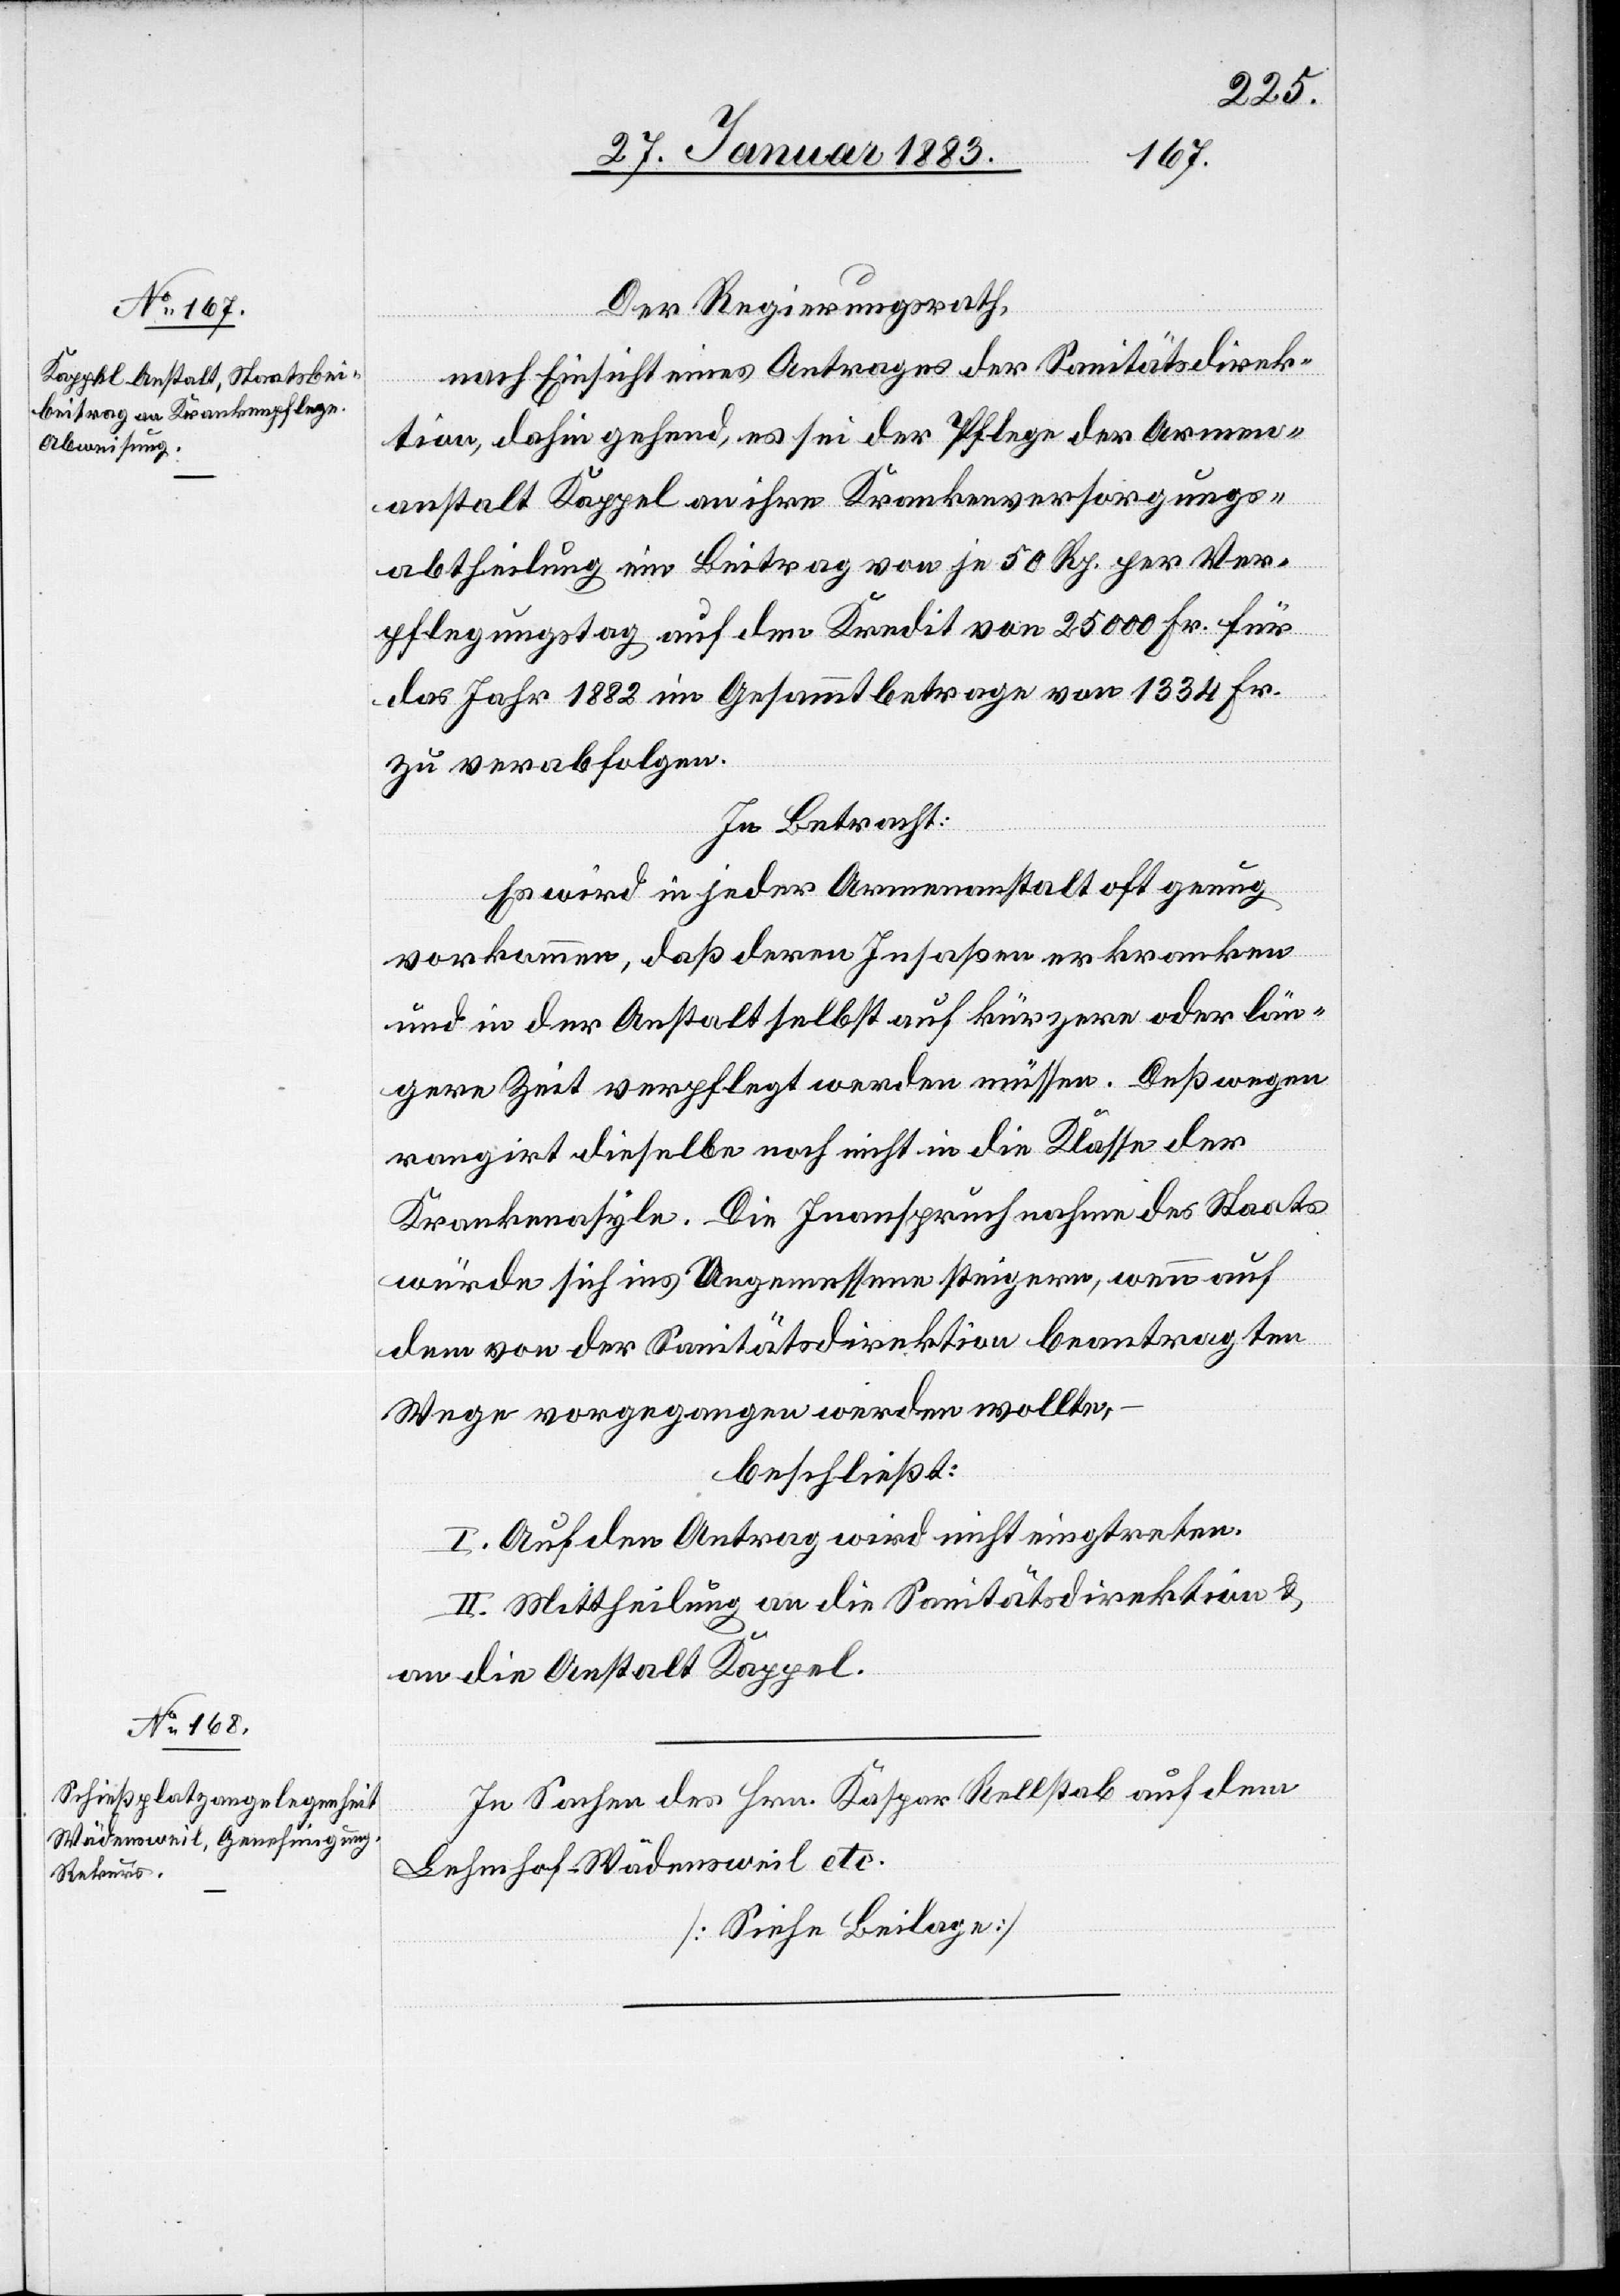
Der Regierungsrath,
nach Einsicht eines Antrages der Sanitätsdirek¬
tion, dahin gehend, es sei der Pflege der Armen¬
anstalt Kappel an ihre Krankenversorgungs¬
abtheilung ein Beitrag von je 50 Rp. per Ver¬
pflegungstag auf den Kredit von 25 000 Fr. für
das Jahr 1882 im Gesammtbetrage von 1334 Fr.
zu verabfolgen.
In Betracht:
Es wird in jeder Armenanstalt oft genug
vorkommen, daß deren Insaßen erkranken
und in der Anstalt selbst auf kürzere oder län¬
gere Zeit verpflegt werden müssen. Deßwegen
rangirt dieselbe noch nicht in die Klasse der
Krankenasyle. Die Inanspruchnahme des Staats
würde sich ins Ungemessene steigern, wenn auf
dem von der Sanitätsdirektion beantragten
Wege vorgegangen werden wollte,
beschließt:
I. Auf den Antrag wird nicht eingetreten.
II Mittheilung an die Sanitätsdirektion &
an die Anstalt Kappel.
In Sachen des Hrn. Kaspar Rellstab auf dem
Lehenhof Wädensweil etc.
[Siehe Beilage]